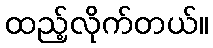
ထည့်လိုက်တယ်။